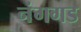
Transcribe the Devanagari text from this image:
नंगगड